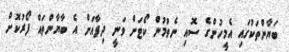
ބަޔާންތަކުުގައި އެމީހުންގެ ސޮއި ނެތުމުން ކޯޓަށް ވަނީ ދިފާއަށް އެ ބާޔާންތައް ފޯރުކޮށް